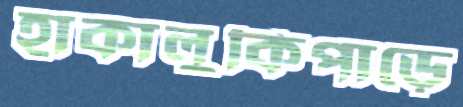
হাকালুকিপাড়ে